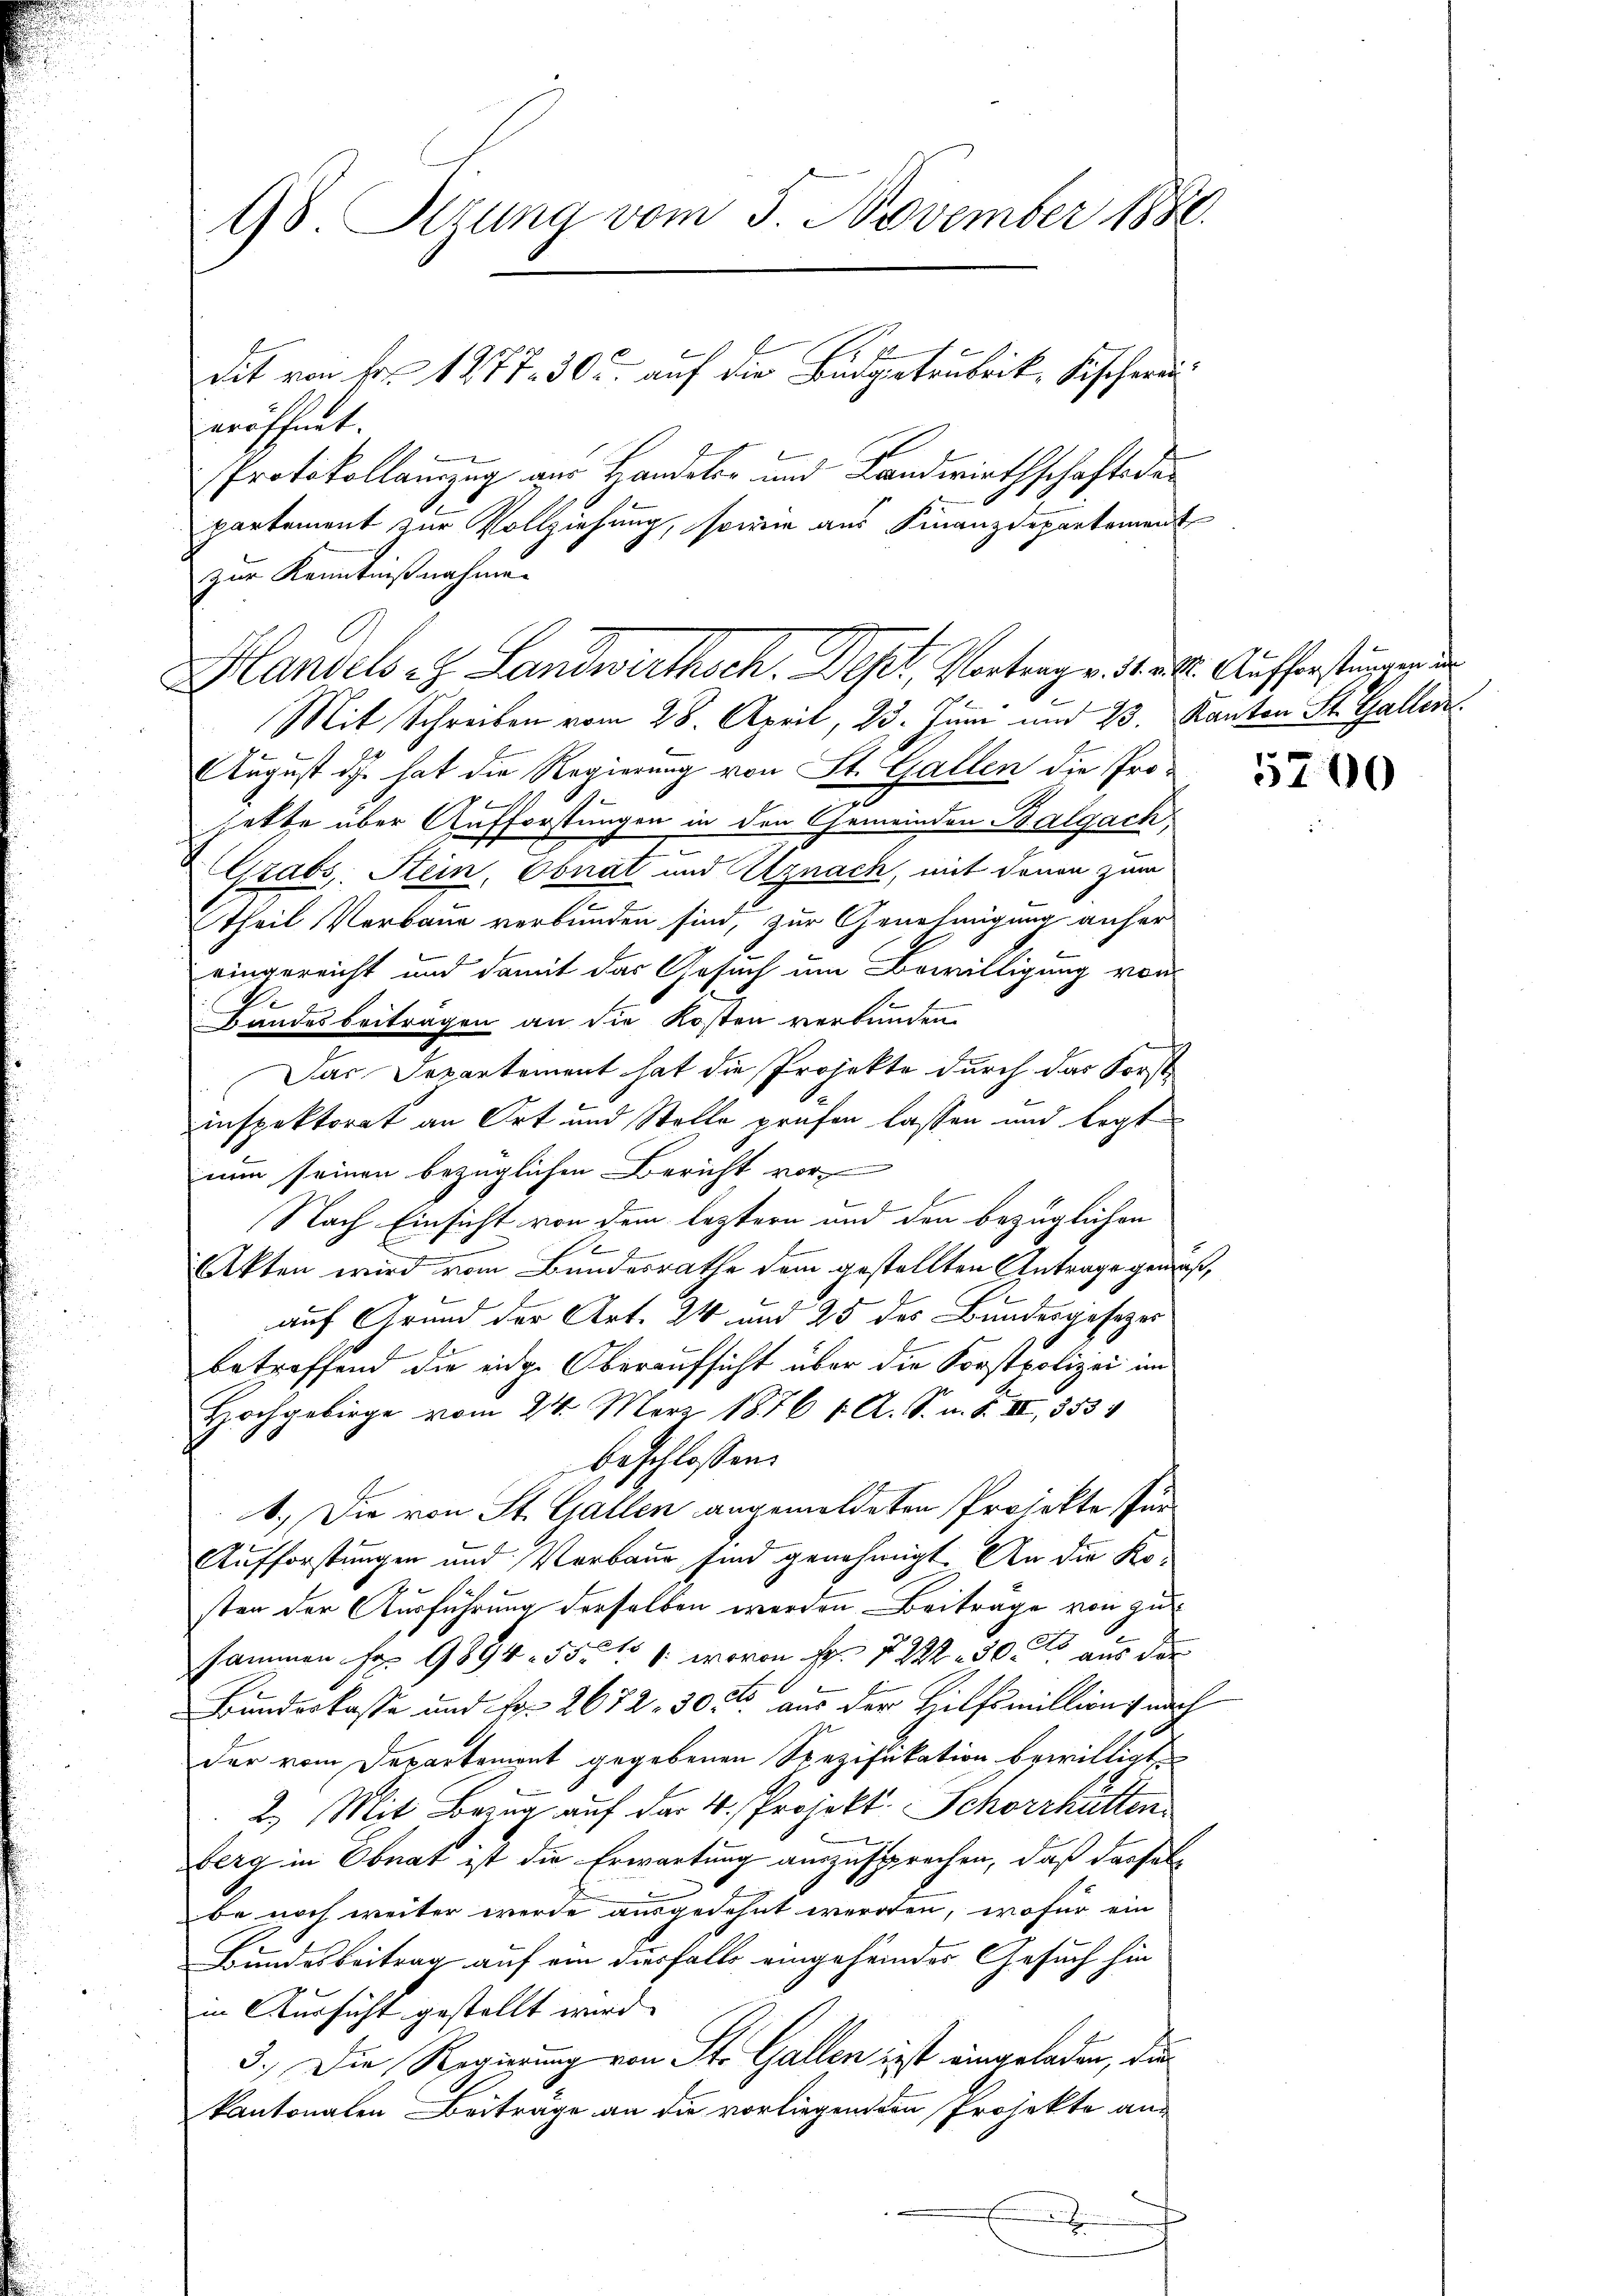
98. Sizung vom 5. November 1886.
dit von Fr. 1277. 30 u. auf die Budgetrubrik, Fischerei¬

eröffnet.
Protokollamzug aus Handeler und Landwirthschafte der
partement zur Vollziehung, sowie aus Finanzdepartement
zur Kenntnißnahme.

Handels z. Landwirthsch. Dest. Vertrag v. Sattl. Aufforstungen
e

Mit Schreiben vom 28. April, 23. Juni und 23. Kanton St. Gallen
August des hat die Regierung von St. Gallen die Pro-
e
hette über Aufforstungen in den Gemeinden Balgach
Grabs, Stein, Obnat und Uznach, mit denen zum
Theil Verbaue verbunden sind, zur Genehmigung anfer
eingereicht und damit das Gesuch um Bewilligung von
Bandesbeitragen an die Kosten verbunden.
Das Departement hat die Projekte durch das Forst-
inspektorat an Ort und Stelle prüfen lassen und legt
nun seinen bezüglichen Bericht vor¬
Nach Einsicht von dem leztern und den bezüglichen
Akten wird vom Bundesrathe dem gestellten Antrage gemäß,
auf Grund der Art. 24 und 25 des Bundesgesezes
betreffend die eidg. Oberaufsicht über die Korstpolizei im
Hochgebirge vom 24. März 1876 v. A. S. n. F. II, 3534
beschlossen:
1.) Die von St. Gallen angemeldeten Projekte für
Aufforstungen und Verbauer sind genehmigt. An die Kosten der Ausführung derselben werden Beiträge von zu
sammen her 9894. 551 f. wovon Fr. 2 500 aus der
Bundeskasse und Fr. 2672, 30 rt aus der Hilfsmillion nach
der vom Departement gegebenen Spezifikation bewilligt,
2.) Mit Bezug auf der 4. Projekt. Schorrhütten
berg in Obnat ist die Erwartung auszusprechen, daß dasselbe noch weiter werde ausgedehnt werden, wofür ein
Bundesbeitrag auf ein diesfalls eingeheider Gesuch hin
in Aussicht gestellt wird.
3.) Die Regierung von St. Gallen ist eingeladen, die
kantonalen Beiträge an die vorliegend den Projekte an-
x

5700